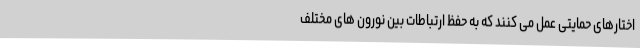
اختارهای حمایتی عمل می کنند که به حفظ ارتباطات بین نورون های مختلف